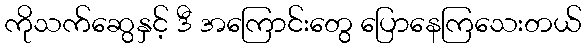
ကိုသက်ဆွေနှင့် ဒီ အကြောင်းတွေ ပြောနေကြသေးတယ်